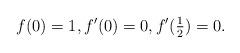
LaTeX: \begin{align*}f(0)=1, f'(0)=0,f'(\tfrac 12 )=0.\end{align*}